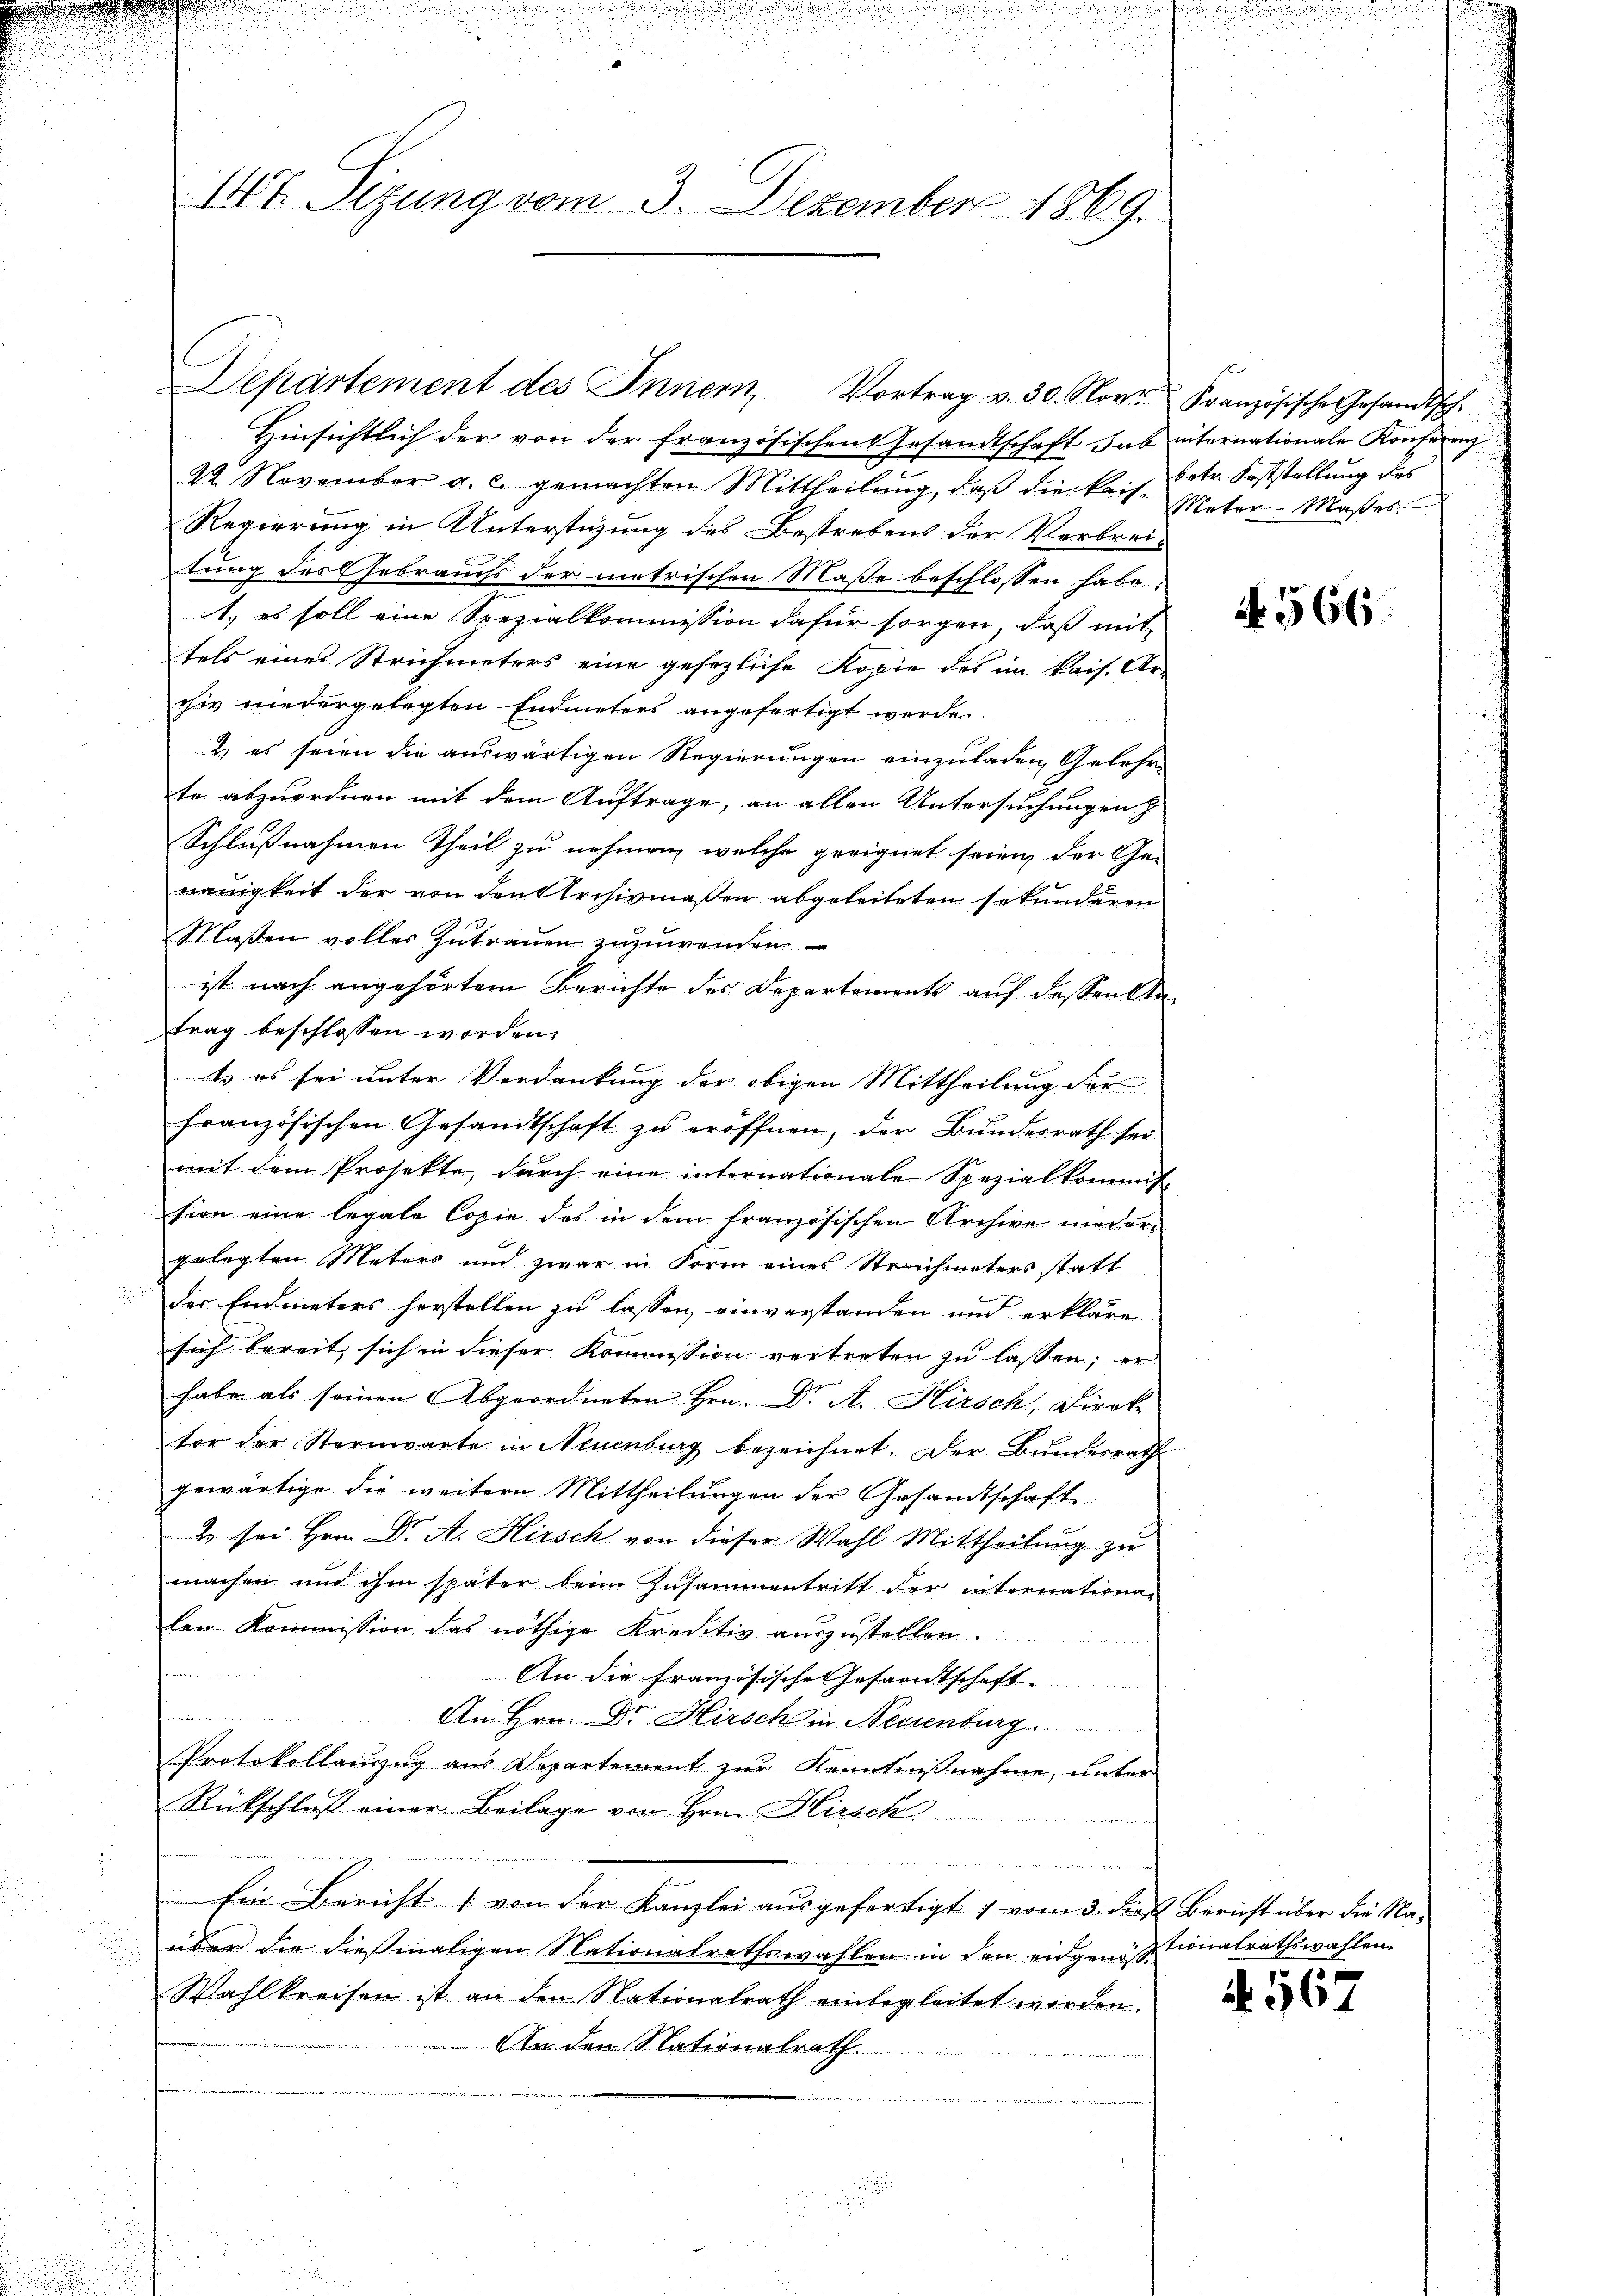
Hinsichtlich der von der Französischen Gesandtschaft hab internationale Konferenz
22. November a. c. gemachten Mittheilŭng, daβ die kais-
Regierung in Unterstüzung des Bestrebens der Verbreitung des Gebrauchs der metrischen Maße beschlossen habe.
1.) es soll eine Spezialkommission dafür sorgen, daß mit
tels eines Strichmeters eine gesezliche Kopie des im kais. Ar-
chiv niedergelegten Endmeters angefertigt werde
2.) es seien die auswärtigen Regierungen einzuladen, Gelehrte abzuordnen mit dem Auftrage, an allen Untersuchungen
Schlußnahmen Theil zu nehmen, welche geeignet seien der Ge-
nauigkeit der von den Archivmaßen abgeleiteten sekunderen
Maßen voller Zutrauen zuzuwenden
ist nach angehörtem Berichte des Departements auf dessen ka
trag beschlossen worden.
t es sei unter Verdankung der obigen Mittheilung der
französischen Gesandtschaft zu eröffnen, der Bundesrath sei
mit dem Projekte, durch eine internationale Spezialkommission eine legale Copie des in dem französischen Archive niedergelegten Meters und zwar in Form eines Streichmeters statt
der Endmeters herstellen zu lassen, einverstanden und erkläre
sich bereit, sich in dieser Kommission vertreten zu lassen; er
habe als seinen Abgeordneten Hrn. Dr. A. Hirsch, Direk
tor der Sternwarte in Neuenburg bezeichnet. Der Bundesrath
gewärtige die weitern Mittheilungen der Gesandtschaft
2 sei Hrrn Dr. A. Hirsch von dieser Wahl Mittheilung zu
machen und ihm später beim Zusammentritt der internationa
len Kommission das nöthige Kreditiv auszustellen.
An die französische Gesandtschaft
s
i
An Hrn. Dr Hirsch in Neuenburg
Protokollanzzug aus Departement zur Kenntnißnahme, unter
Rückschluß einer Beilage von Hrn. Hirsch
eigen sich und die anden am gewogegen
Ein Bericht (von der Kanzlei ausgefertigt & vom 3. des Bericht über die Na-
über die dießmaligen Nationalrathswahlen in den eidgenößionalrathswahlen
u
Wahlkreisen ist an den Nationalrath einbegleitet worden.
An den Nationalrath.
14

2
 5
147. Sizung vom 3. Dezember 1869.

Departement des Innern, Vortrag v. 30. Nove

Französische Gesandtsch.
betr. Feststellung des
Mater-Maßes

.

N 566

N. 567